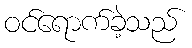
ဝင်ရောက်ခဲ့သည်